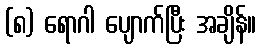
(၈) ရောဂါ ပျောက်ပြီး အချိန်။